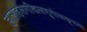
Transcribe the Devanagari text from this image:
हालाहलमखिलभूगोलकृपया